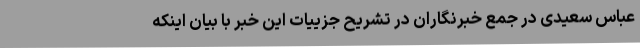
عباس سعیدی در جمع خبرنگاران در تشریح جزییات این خبر با بیان اینکه